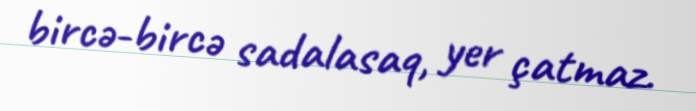
bircə-bircə sadalasaq, yer çatmaz.